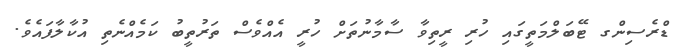
ޑްރެސިންގ ޓޭބަލްމަތީގައި ހުރި ރީތިވާ ސާމާނުތަށް ހުރީ އެއްވެސް ތަރުތީބު ކަމެއްނެތި އުކާލާފައެވެ.